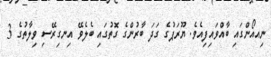
ނިއއޯންގައި ބާއްވައިފިއެވެ. ޔޫރަޕުގެ ގަދަ ބާރުންގެ ގޮތުގައި ބެލެވޭ އިނގިރޭސި ވިލާތުގެ 3